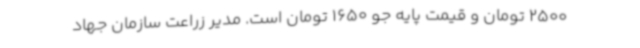
2500 تومان و قیمت پایه جو 1650 تومان است. مدیر زراعت سازمان جهاد